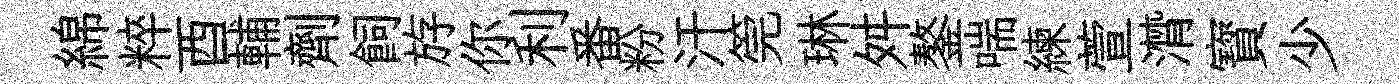
綿粹酉輔劑飼斿你利番粉汗筦琳舛鏊喘練萱潸寳少